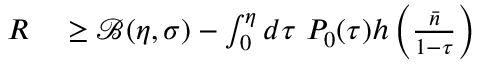
\begin{array} { r l } { R } & { { } \geq \mathcal { B } ( \eta , \sigma ) - \int _ { 0 } ^ { \eta } d \tau ~ P _ { 0 } ( \tau ) h \left( \frac { \bar { n } } { 1 - \tau } \right) } \end{array}